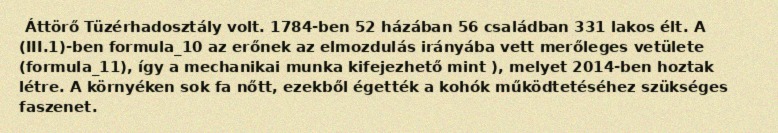
Áttörő Tüzérhadosztály volt. 1784-ben 52 házában 56 családban 331 lakos élt. A (III.1)-ben formula_10 az erőnek az elmozdulás irányába vett merőleges vetülete (formula_11), így a mechanikai munka kifejezhető mint ), melyet 2014-ben hoztak létre. A környéken sok fa nőtt, ezekből égették a kohók működtetéséhez szükséges faszenet.